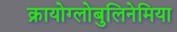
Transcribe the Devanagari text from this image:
क्रायोग्लोबुलिनेमिया